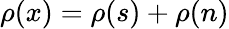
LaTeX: \rho(x)=\rho(s)+\rho(n)